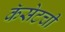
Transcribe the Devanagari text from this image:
कॅसेटची